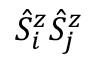
\hat { S } _ { i } ^ { z } \hat { S } _ { j } ^ { z }